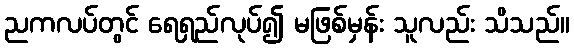
ညကလပ်တွင် ရေရှည်လုပ်၍ မဖြစ်မှန်း သူလည်း သိသည်။